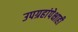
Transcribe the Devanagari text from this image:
उपग्रहांपेक्षाही